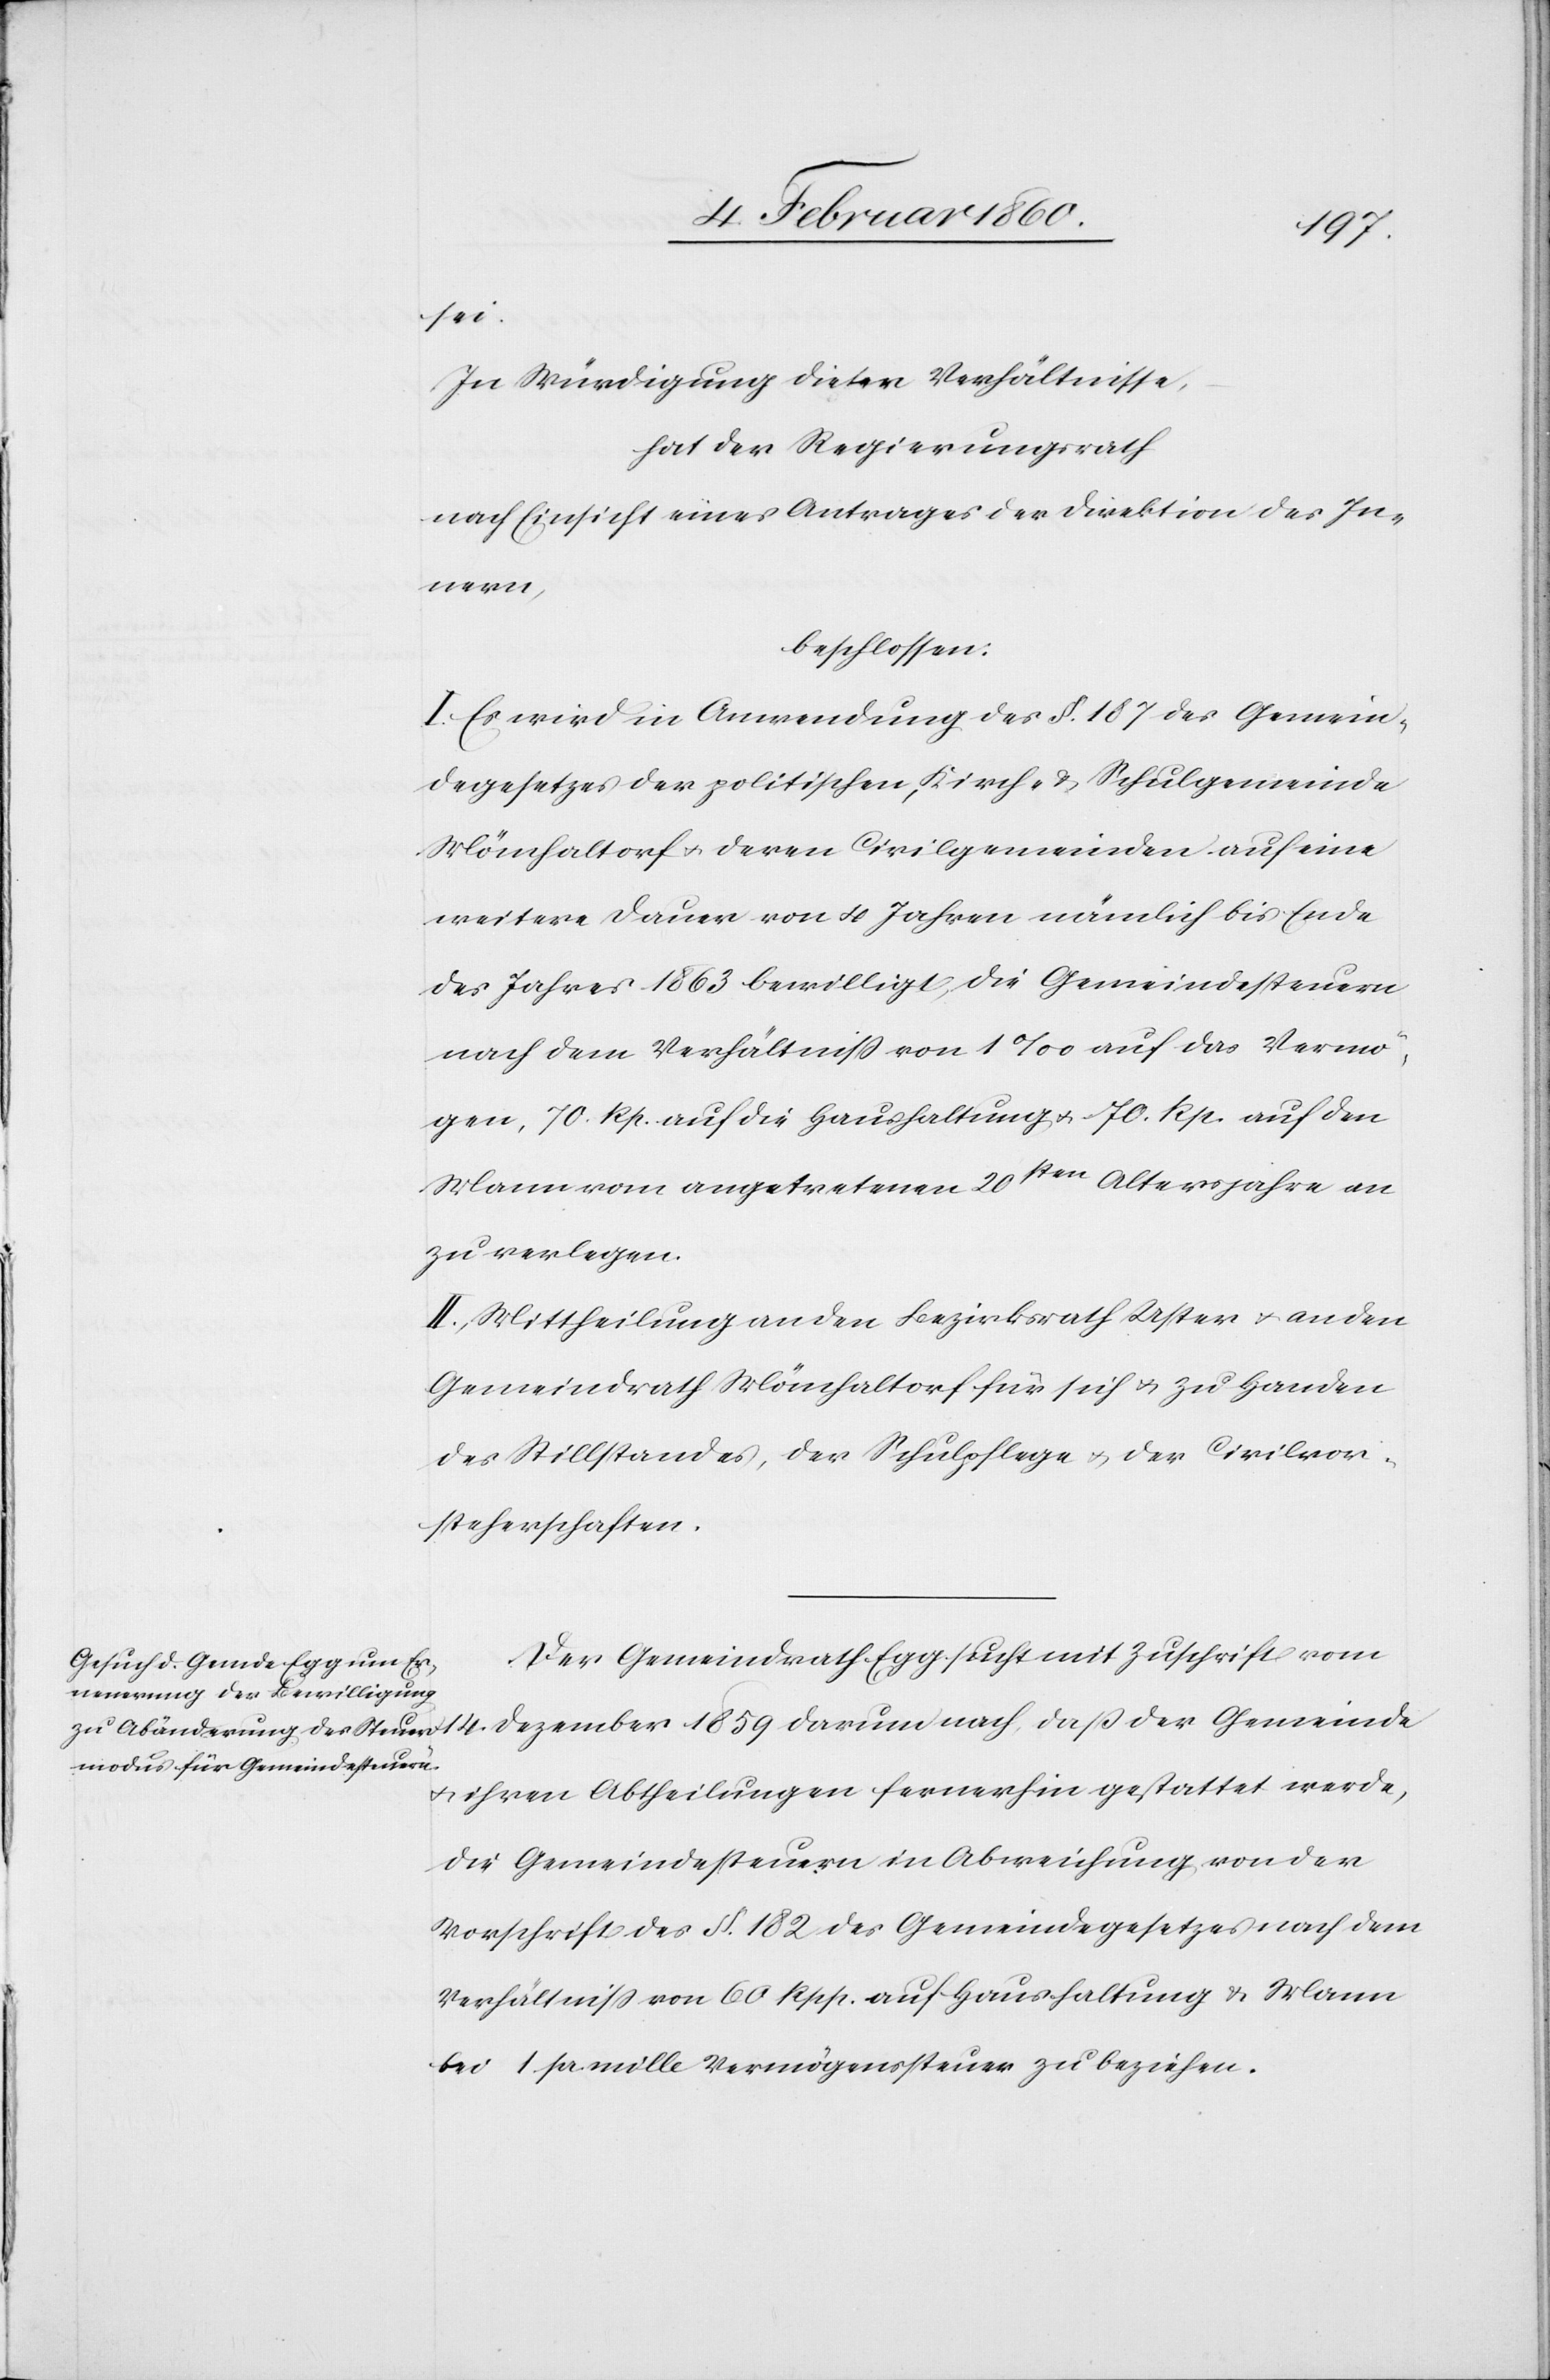
1859
sei.
In Würdigung dieser Verhältnisse,
hat der Regierungsrath
nach Einsicht eines Antrages der Direktion des In¬
Gemeinde
beschlossen:
I. Es wird in Anwendung des §. 187 des Gemein¬
degesetzes der politischen Kirch- u. Schulgemeinde
Mönchaltorf u. deren Civilgemeinden auf eine
weitere Dauer von 4. Jahren nämlich bis Ende
des Jahres 1863 bewilligt, die Gemeindesteuern
nach dem Verhältniss von 1‰ auf das Vermö¬
gen, 70. Rp. auf die Haushaltung u. 70. Rp. auf den
Mann vom angetretenen 20ten Altersjahre an
zu verlegen.
II. Mittheilung an den Bezirksrath Uster u. an den
Gemeindrath Mönchaltorf für sich u. zu Handen
des Stillstandes, der Schulpflege u. der Civilvor¬
steherschaften.
Der Gemeindrath Egg sucht mit Zuschrift vom
u. ihren Abtheilungen fernerhin gestattet werde,
die Gemeindesteuern in Abweichung von der
Vorschrift des §. 182. des Gemeindegesetzes nach dem
Verhältniss von 60. Rpp. auf Haushaltung u. Mann
bei 1. pr. mille Vermögensteuer zu beziehen.